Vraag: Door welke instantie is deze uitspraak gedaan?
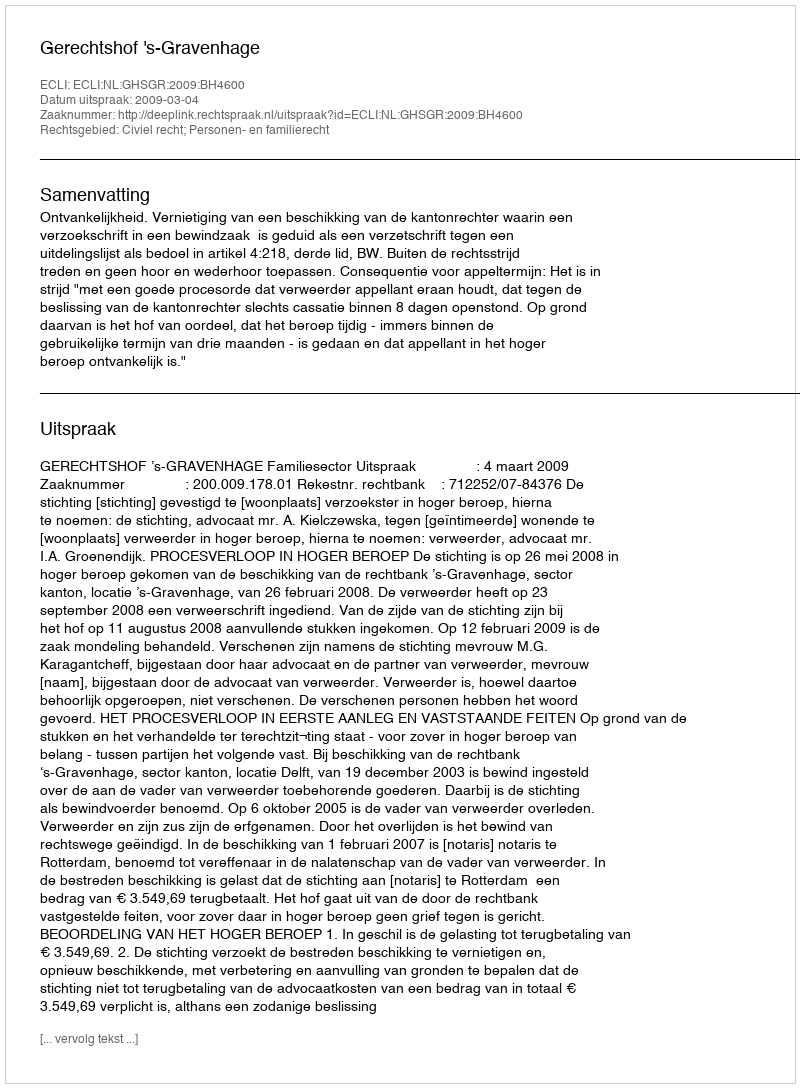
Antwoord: Gerechtshof 's-Gravenhage